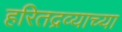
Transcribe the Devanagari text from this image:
हरितद्रव्याच्या